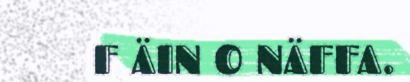
F ÄIN O NÄFFA.